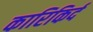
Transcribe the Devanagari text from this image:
कारिकिर्द